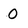
Character: O